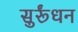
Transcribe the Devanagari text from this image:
सुर्रूंधन